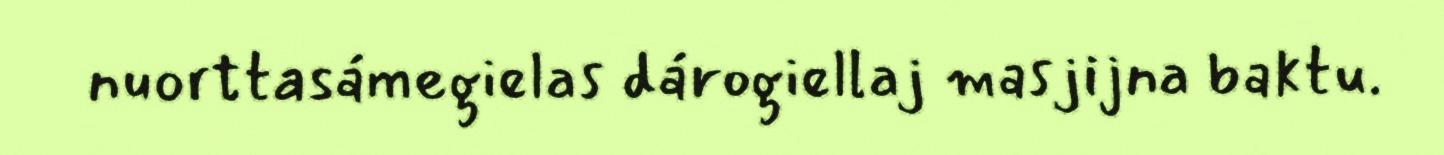
nuorttasámegielas dárogiellaj masjijna baktu.